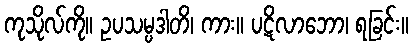
ကုသိုလ်ကို။ ဥပသမ္ပဒါတိ၊ ကား။ ပဋိလာဘော၊ ရခြင်း။